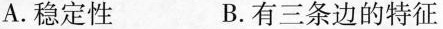
A. 稳定性 B. 有三条边的特征